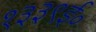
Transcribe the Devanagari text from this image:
१३३९ई०